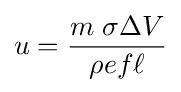
u={m\;\sigma \Delta V \over \rho ef\ell }